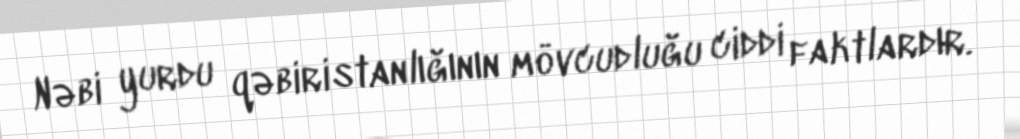
Nəbi yurdu qəbiristanlığının mövcudluğu ciddi faktlardır.